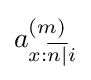
a_{x:{\overline {n|}}i}^{(m)}